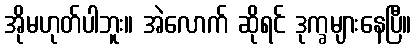
အိုမဟုတ်ပါဘူး။ အဲလောက် ဆိုရင် ဒုက္ခများနေပြီ။